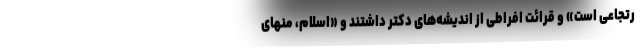
رتجاعی است» و قرائت افراطی از اندیشه‌های دکتر داشتند و «اسلام، منهای